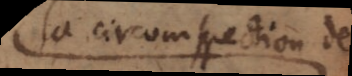
la circomspection de